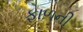
ફાળની